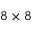
8 \times 8